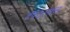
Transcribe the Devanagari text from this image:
हर्षउल्लास